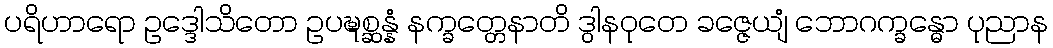
ပရိဟာရော ဥဒ္ဒေါသိတော ဥပဍ္ဎစ္ဆန္နံ နက္ခတ္တေနာတိ ဒွါနဝုတေ ခဇ္ဇေယျံ ဘောဂက္ခန္ဓော ပုညာန